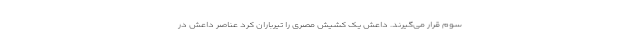
سوم قرار می‌گیرند. داعش یک کشیش مصری را تیرباران کرد عناصر داعش در